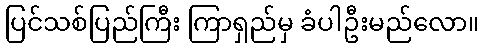
ပြင်သစ်ပြည်ကြီး ကြာရှည်မှ ခံပါဦးမည်လော။